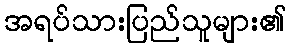
အရပ်သားပြည်သူများ၏